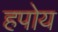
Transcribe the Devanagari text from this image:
हपोय